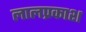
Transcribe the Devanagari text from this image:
लालप्रकाश